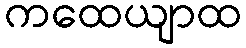
ကထေယျာထ